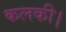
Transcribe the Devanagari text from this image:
कलकी।